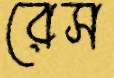
রেস